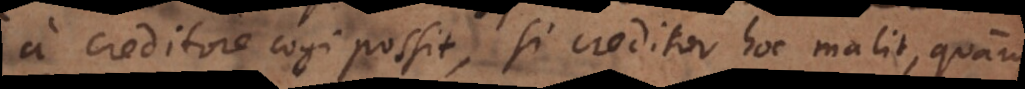
a creditore cogi possit, si creditor hoc malit, quam